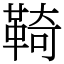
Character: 䩭